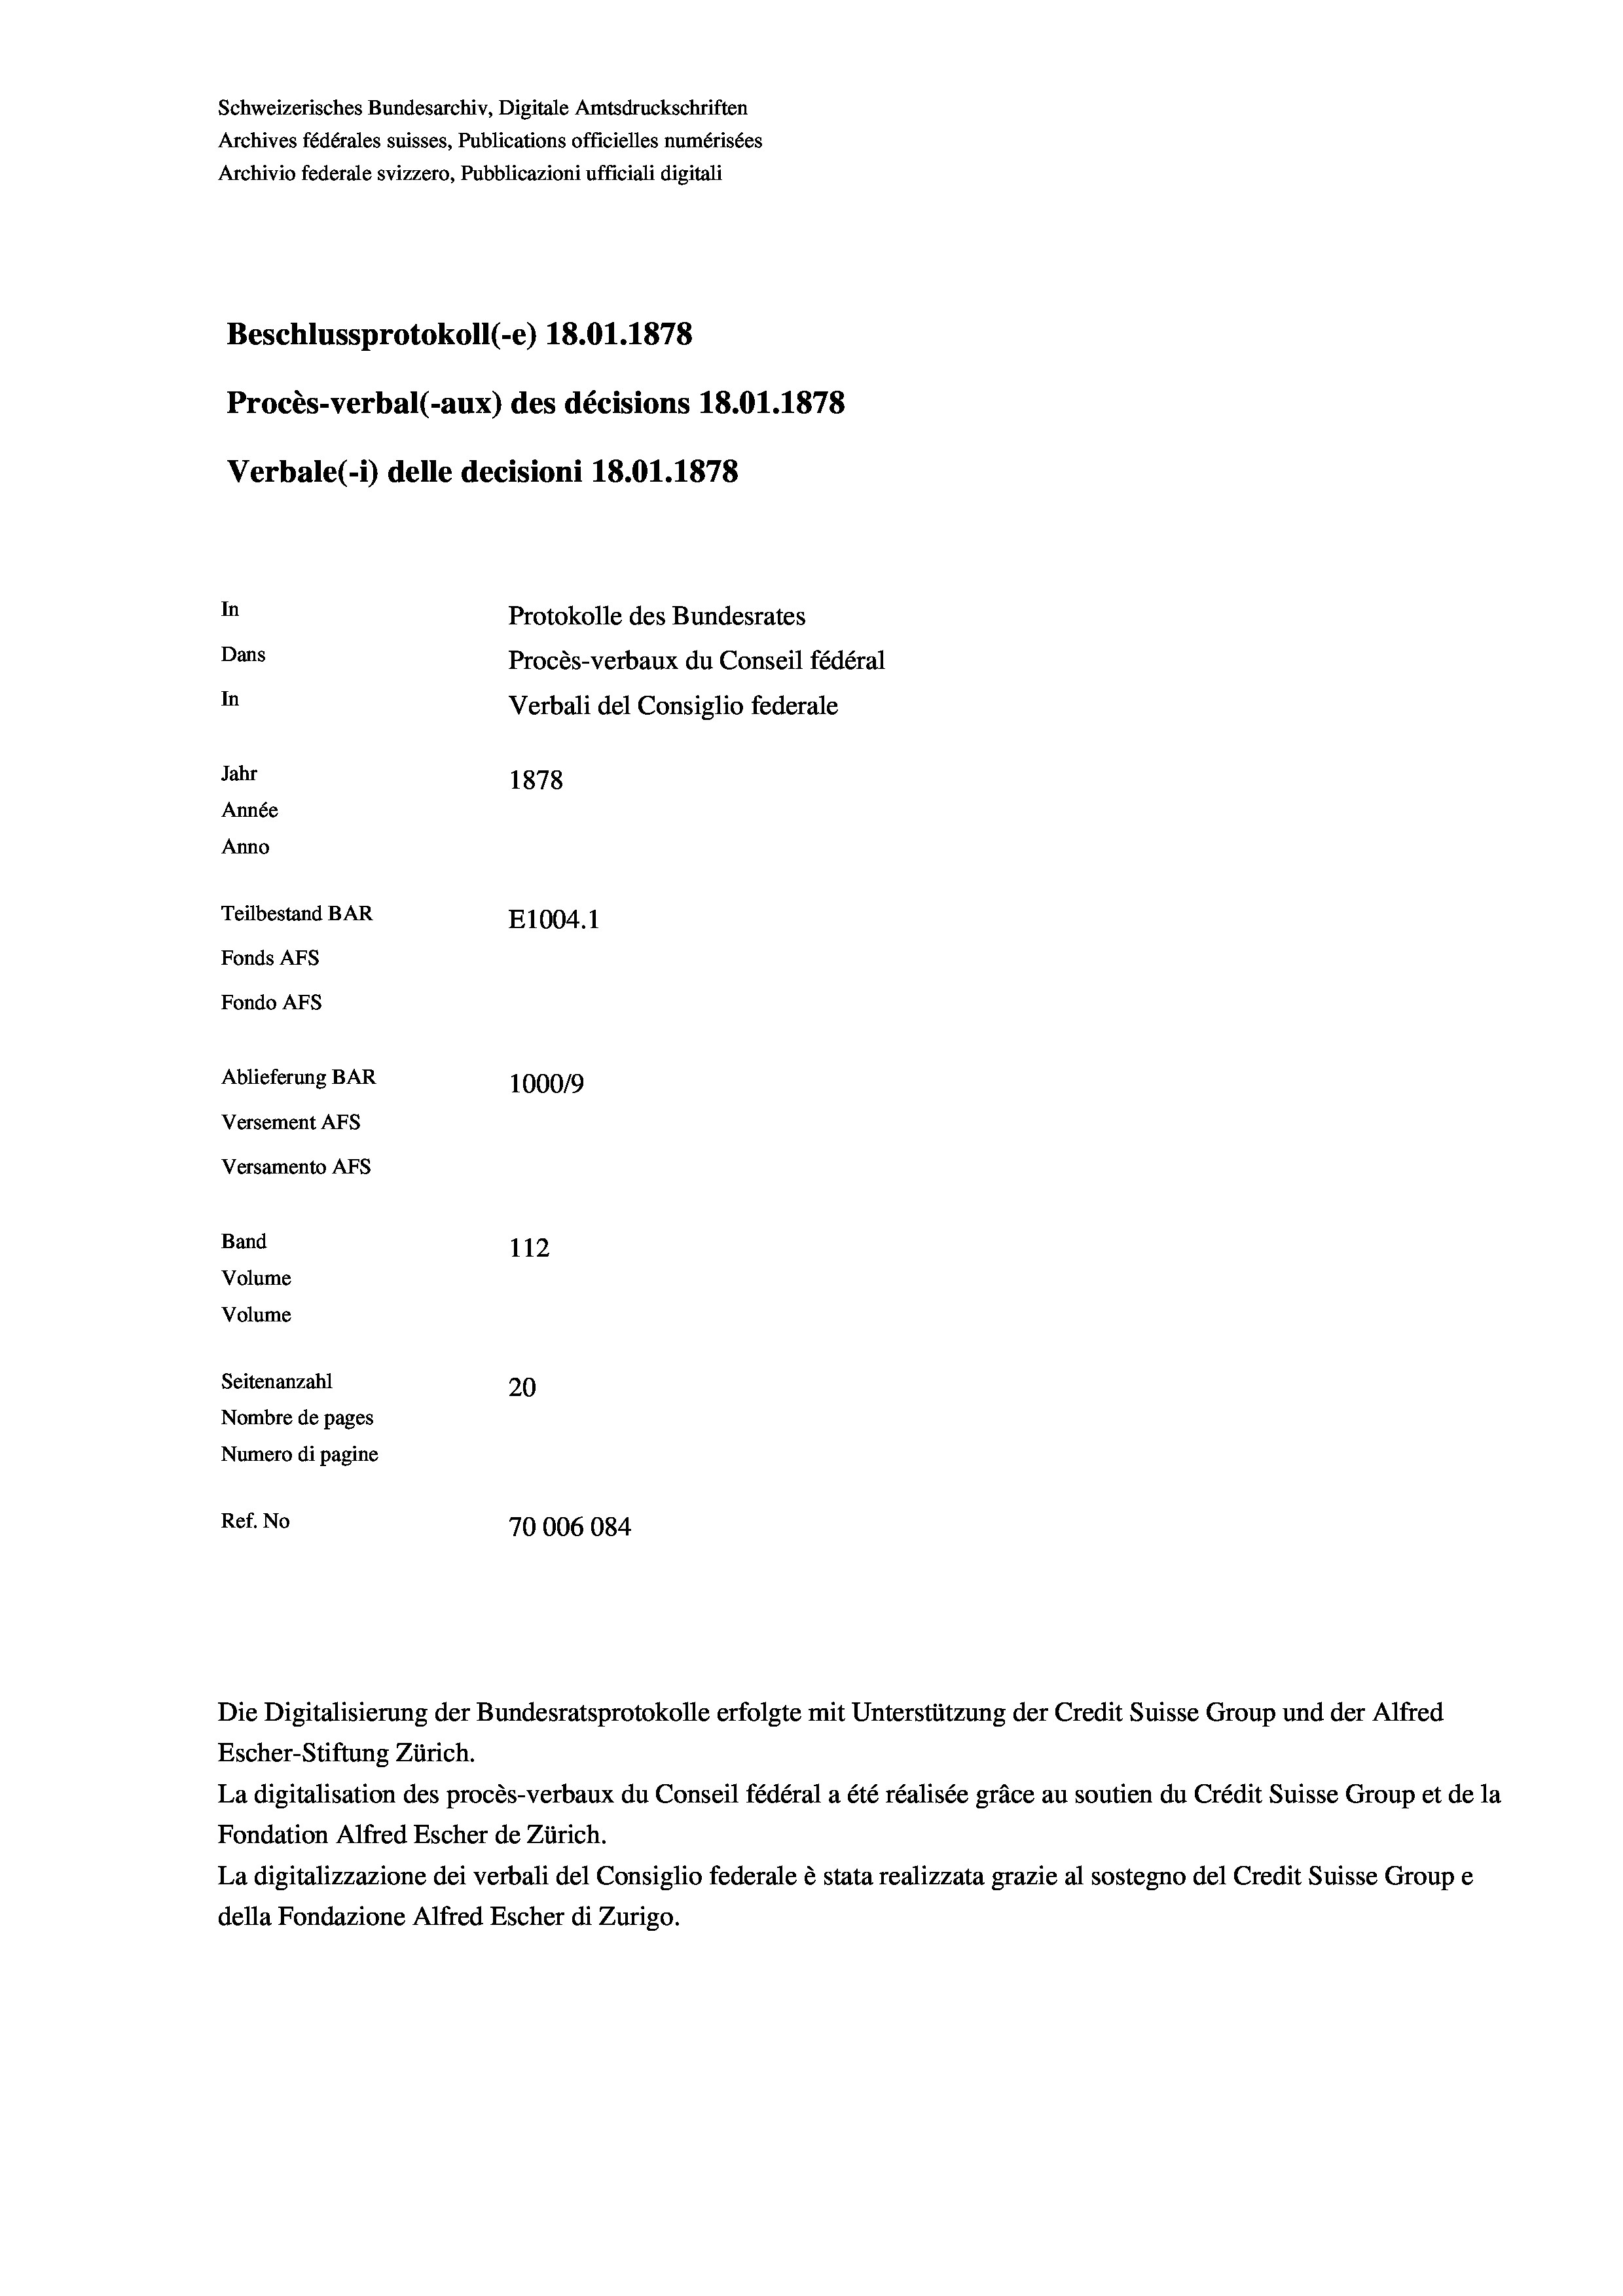
Schweizerisches Bundesarchiv, Digitale Amtsdruckschriften
Archives fédérales suisses, Publications officielles numérisées
Archivio federale svizzero, Pubblicazioni ufficiali digitali
Beschlussprotokoll (-e) 18.01. 1878
Procès-verbal (-aux) des décisions 18.01.1878
Verbale (1) delle decisioni 18.01. 1878
In
Protokolle des Bundesrates
Dans
Procès-verbaux du Conseil fédéral
In
Verbali del Consiglio federale
Jahr
1878
Année
Anno
Teilbestand BAR
E1004.1
Fonds AFs
Fondo AFs
Ablieferung BAR
1000/9
Versement Abs
Versamento AFs
Band
112
Volume
Volume
Seitenanzahl
20
Nombre de pages
Numero di pagine
Ref. No
70006084

Escher-Stiftung Zürich.
La digitalisation des procès-verbaux du Conseil fédéral a été réalisée gräce au soutien du Crédit Suisse Group et de la
Fondation Alfred Escher de Zürich.
La digitalizzazione dei verbali del Consiglio federale è stata realizzata grazie al sostegno del Credit Suisse Groupe
della Fondazione Alfred Escher di Zurigo.

Die Digitalisierung der Bundesratsprotokolle erfolgte mit Unterstützung der Credit Suisse Group und der Alfred